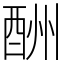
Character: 酬